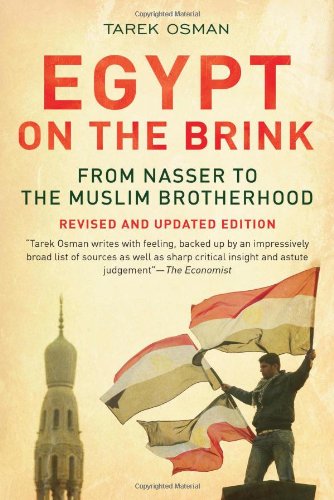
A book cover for Egypt on the Brink: From Nasser to the Muslim Brotherhood, Revised and Updated; Tarek Osman; History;